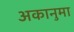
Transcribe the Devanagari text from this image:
अकानुमा